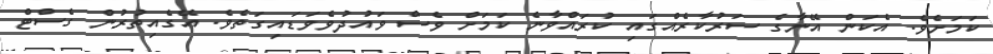
ކަމަށެވެ. އެކަން އޭނާގެ ސަރުކާރެއްގައި ކުރައްވާނެ ކަމަށް ވެސް ވައުދުވެވަޑައިގަތެވެ. އޭގެއިތުރުން ގެސްޓް